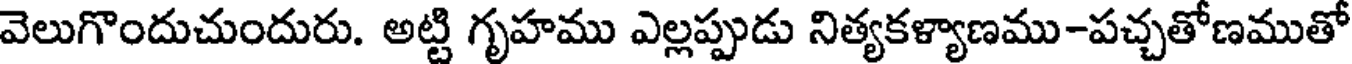
వెలుగొందుచుందురు. అట్టి గృహము ఎల్లప్పుడు నిత్యకళ్యాణము-పచ్చతోణముతో